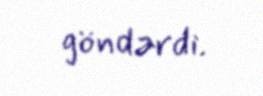
göndərdi.